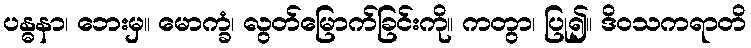
ပန္ဓနာ၊ ဘေးမှ။ မောက္ခံ၊ လွတ်မြောက်ခြင်းကို။ ကတွာ၊ ပြု၍။ ဒိဝသကရာတိ